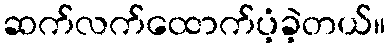
ဆက်လက်ထောက်ပံ့ခဲ့တယ်။